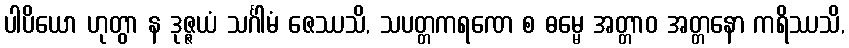
ပါပိယော ဟုတွာ န ဒုဇ္ဇယံ သင်္ဂါမံ ဇေဿသိ, သပတ္တကရဏေ စ ဓမ္မေ အတ္တာဝ အတ္တနော ကရိဿသိ,